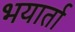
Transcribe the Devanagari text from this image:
भयार्ता